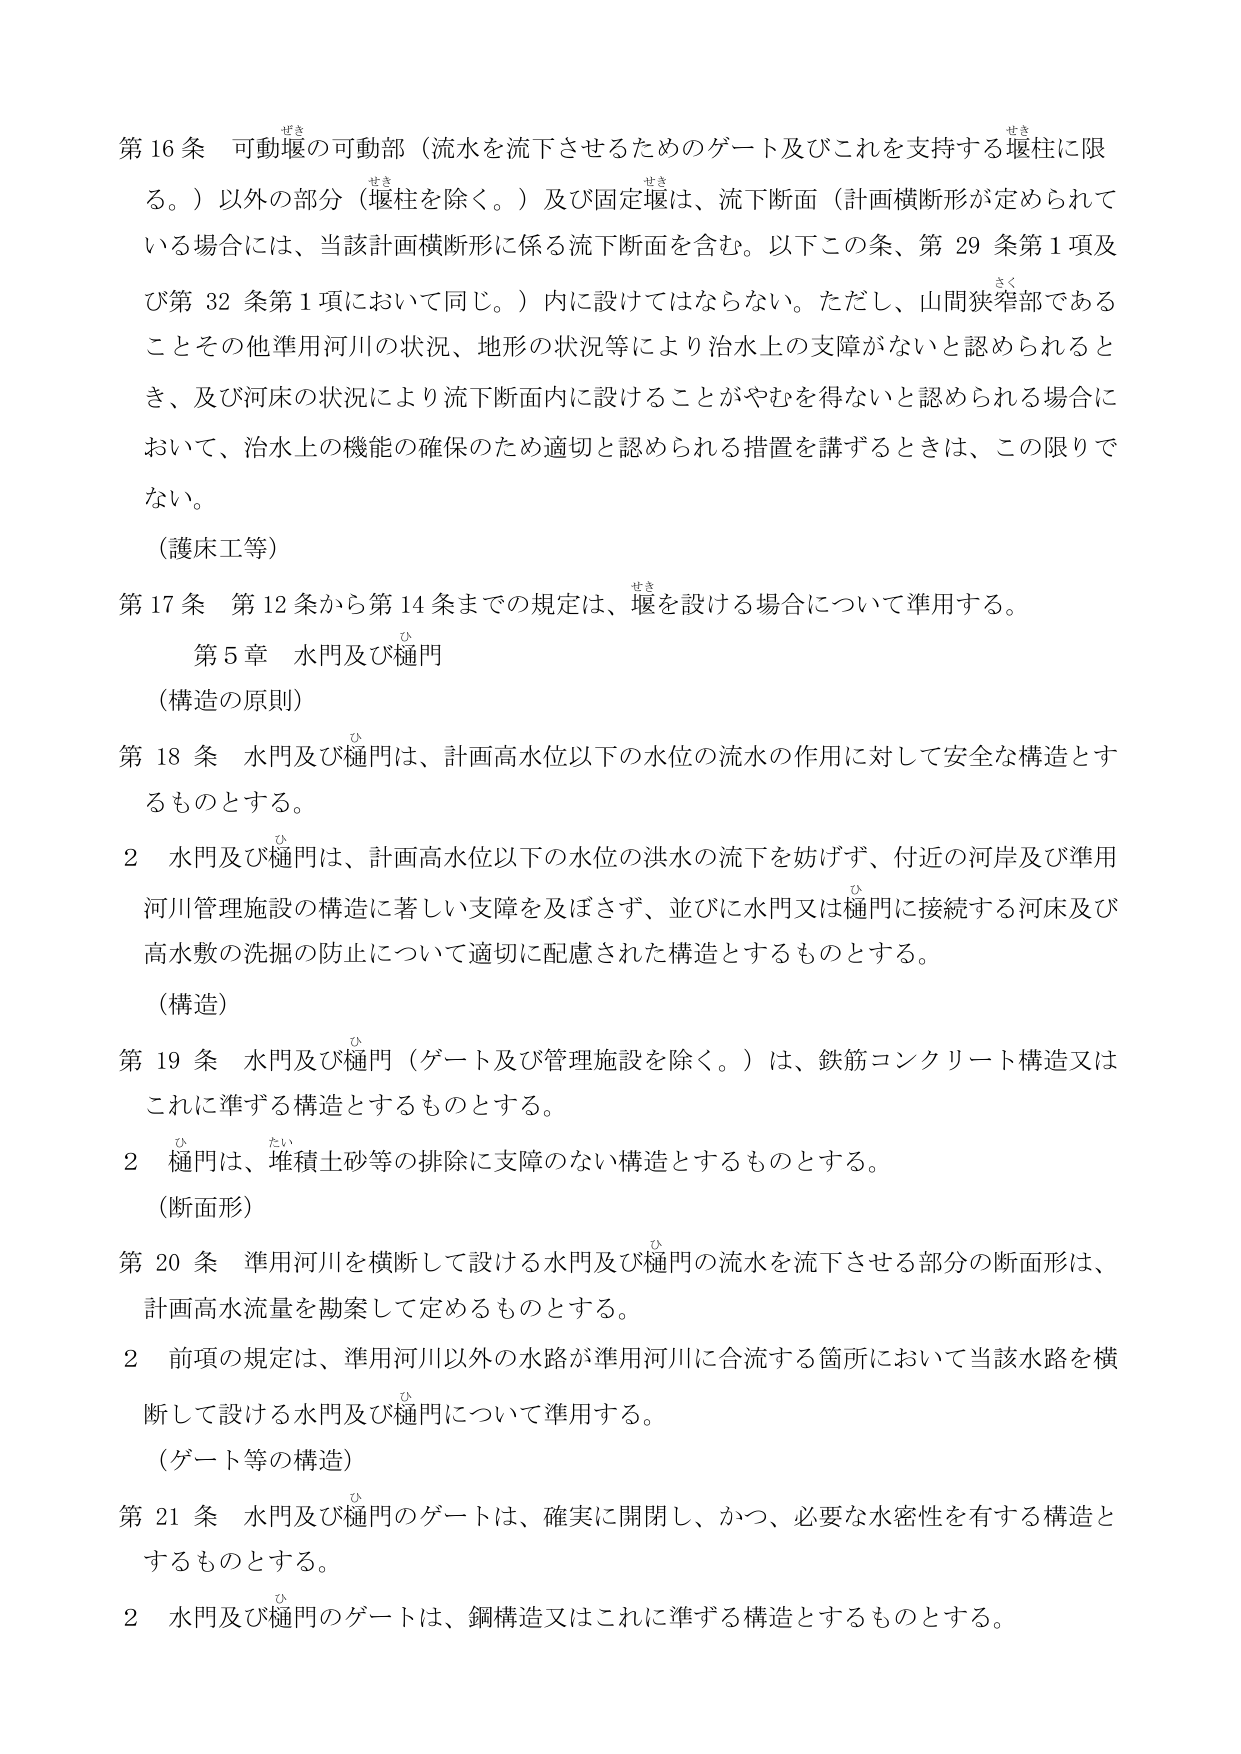
第16条 可動堰の可動部（流水を流下させるためのゲート及びこれを支持する堰柱に限る。）以外の部分（堰柱を除く。）及び固定堰は、流下断面（計画横断形が定められている場合には、当該計画横断形に係る流下断面を含む。以下この条、第29条第1項及び第32条第1項において同じ。）内に設けてはならない。ただし、山間狭窄部であることその他準用河川の状況、地形の状況等により治水上の支障がないと認められるとき、及び河床の状況により流下断面内に設けることがやむを得ないと認められる場合において、治水上の機能の確保のため適切と認められる措置を講ずるときは、この限りでない。

（護床工等）

第17条 第12条から第14条までの規定は、堰を設ける場合について準用する。

第5章 水門及び樋門

（構造の原則）

第18条 水門及び樋門は、計画高水位以下の水位の流水の作用に対して安全な構造とするものとする。

2 水門及び樋門は、計画高水位以下の水位の洪水の流下を妨げず、付近の河岸及び準用河川管理施設の構造に著しい支障を及ぼさず、並びに水門又は樋門に接続する河床及び高水敷の洗掘の防止について適切に配慮された構造とするものとする。

（構造）

第19条 水門及び樋門（ゲート及び管理施設を除く。）は、鉄筋コンクリート構造又はこれに準ずる構造とするものとする。

2 樋門は、堆積土砂等の排除に支障のない構造とするものとする。

（断面形）

第20条 準用河川を横断して設ける水門及び樋門の流水を流下させる部分の断面形は、計画高水流量を勘案して定めるものとする。

2 前項の規定は、準用河川以外の水路が準用河川に合流する箇所において当該水路を横断して設ける水門及び樋門について準用する。

（ゲート等の構造）

第21条 水門及び樋門のゲートは、確実に開閉し、かつ、必要な水密性を有する構造とするものとする。

2 水門及び樋門のゲートは、鋼構造又はこれに準ずる構造とするものとする。